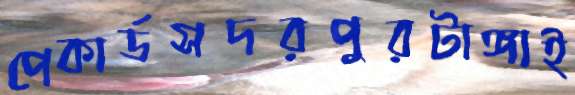
পেকার্ডসদরপুরটাঙ্গাই